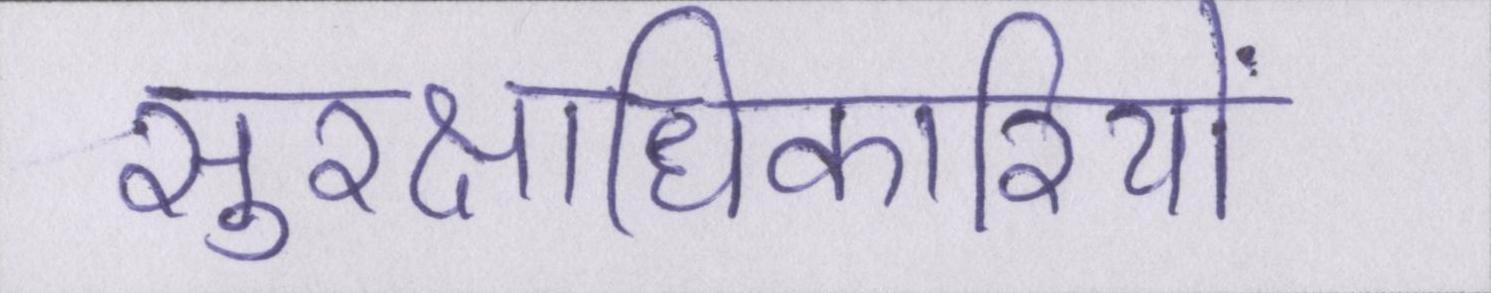
सुरक्षाधिकारियों